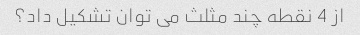
از 4 نقطه چند مثلث می توان تشکیل داد؟